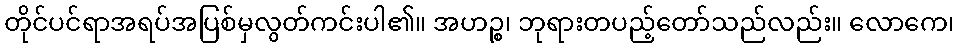
တိုင်ပင်ရာအရပ်အပြစ်မှလွတ်ကင်းပါ၏။ အဟဉ္စ၊ ဘုရားတပည့်တော်သည်လည်း။ လောကေ၊